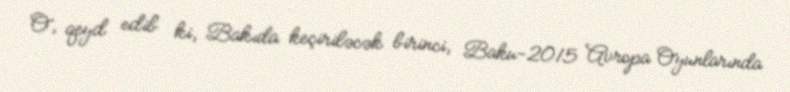
O, qeyd edib ki, Bakıda keçiriləcək birinci, Baku-2015 Avropa Oyunlarında